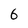
Character: 6